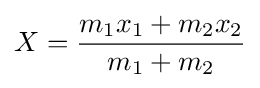
X={\frac {m_{1}x_{1}+m_{2}x_{2}}{m_{1}+m_{2}}}